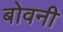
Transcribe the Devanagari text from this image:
बोवनी